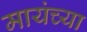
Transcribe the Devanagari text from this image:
मायंच्या